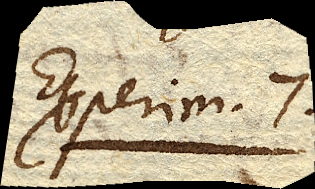
Experim. 7.